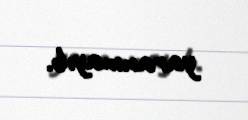
yaranmayıb.